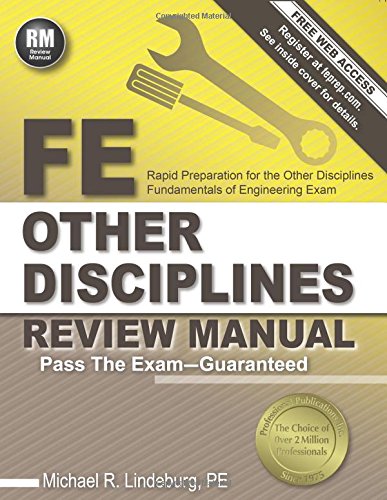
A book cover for FE Other Disciplines Review Manual; Michael  R. Lindeburg PE; Test Preparation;